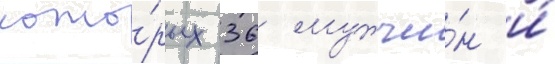
кото́рых 36 мужчи́н и́